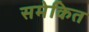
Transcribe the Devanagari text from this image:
समेकित